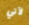
لآتي